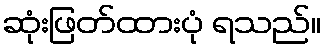
ဆုံးဖြတ်ထားပုံ ရသည်။